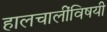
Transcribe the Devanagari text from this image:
हालचालींविषयी